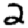
Digit: 2